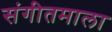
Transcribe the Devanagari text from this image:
संगीतमाला